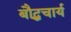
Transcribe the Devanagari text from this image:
बौद्धचार्य